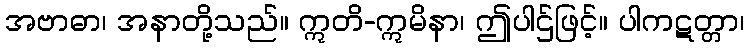
အဗာဓာ၊ အနာတို့သည်။ ဣတိ-ဣမိနာ၊ ဤပါဌ်ဖြင့်။ ပါကဋတ္တာ၊